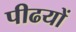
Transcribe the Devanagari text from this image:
पीढयों